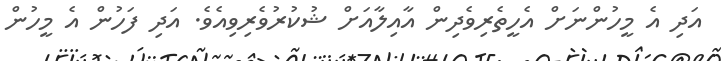
އަދި އެ މީހުންނަށް އެހީތެރިވެދިން އާއިލާއަށް ޝުކުރުވެރިވިއެވެ. އަދި ފަހުން އެ މީހުން